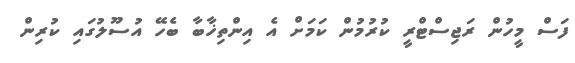
ފަސް މީހުން ރަޖިސްޓްރީ ކުރުމުން ކަމަށް އެ އިންތިޚާބާ ބެހޭ އުސޫލުގައި ކުރިން